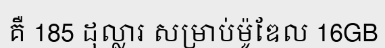
គឺ 185 ដុល្លារ សម្រាប់ម៉ូឌែល 16GB